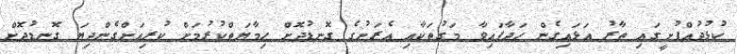
ކުޅުދުއްފުށީގައި ތާރު އަޅައިގެން ހަދާފައިވާ މަގުތަކާއި އެރަށުގެ ގޮނޑުދޮށް ހިމާޔަތްކުރުމަށް ކުރިއަށްގެންދިޔަ ގޮނޑުދޮށް